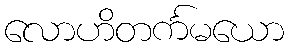
လောဟိတင်္ကမယော